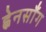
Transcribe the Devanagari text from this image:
ह्वेनसाँग